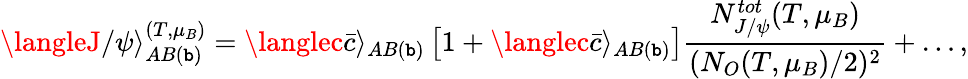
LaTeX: \langleJ/\psi\rangle_{AB(\mathtt{b})}^{(T,\mu_{B})}=\langlec\bar{{c}}\rangle_{AB(\mathtt{b})}\left[1+\langlec\bar{{c}}\rangle_{AB(\mathtt{b})}\right]\frac{{N_{J/\psi}^{tot}(T,\mu_{B})}}{{(N_{O}(T,\mu_{B})/2)^{2}}}+\dots,